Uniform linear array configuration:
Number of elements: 48
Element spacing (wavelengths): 0.25
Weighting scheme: hamming
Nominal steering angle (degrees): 0
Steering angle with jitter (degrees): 1.645
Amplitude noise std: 0.05
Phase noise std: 0.05

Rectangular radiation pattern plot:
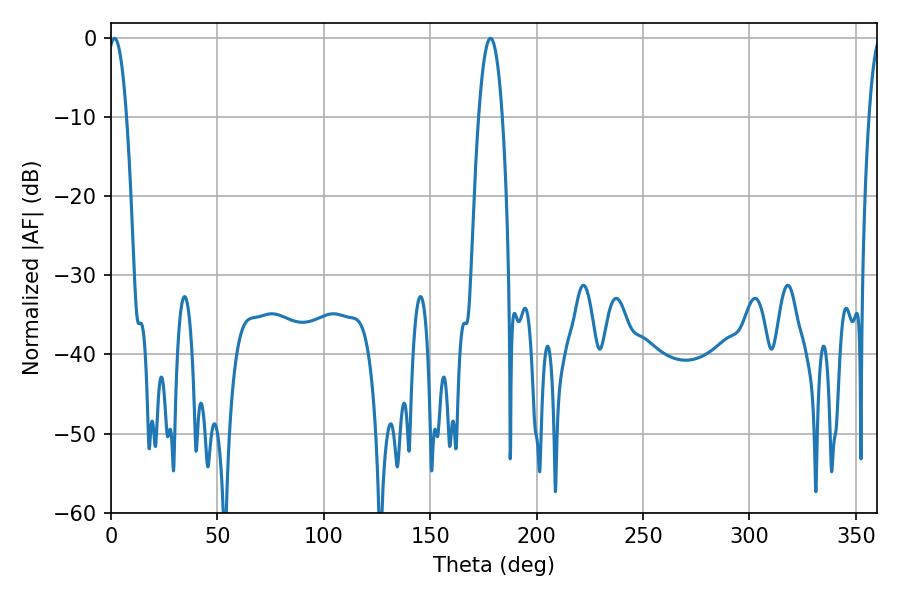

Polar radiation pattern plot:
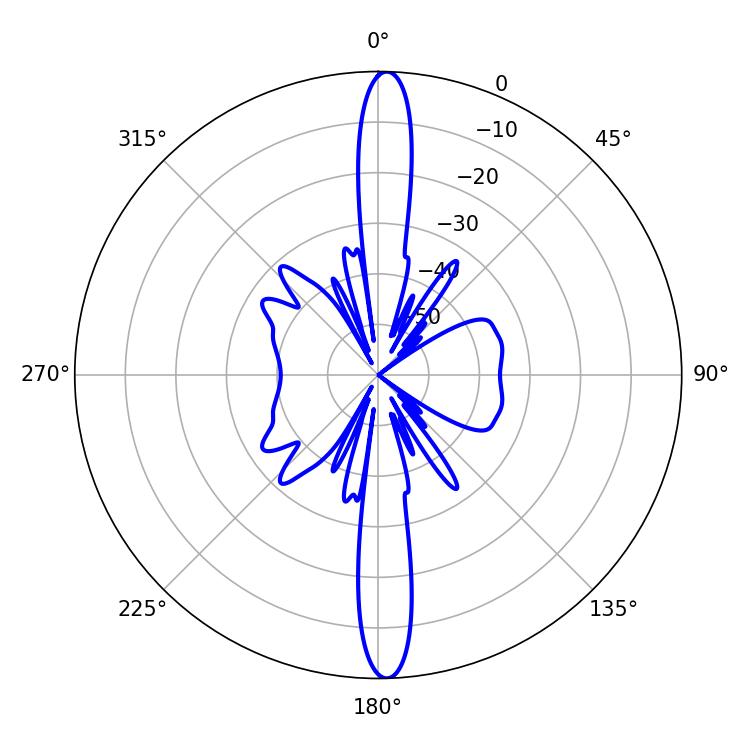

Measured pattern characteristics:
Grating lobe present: FALSE
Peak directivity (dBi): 24.688
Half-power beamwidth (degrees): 4.68
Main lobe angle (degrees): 1.62